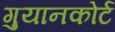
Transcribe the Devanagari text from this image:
गुयानकोर्ट